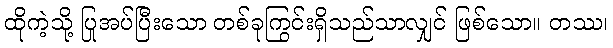
ထိုကဲ့သို့ ပြုအပ်ပြီးသော တစ်ခုကြွင်းရှိသည်သာလျှင် ဖြစ်သော။ တဿ၊